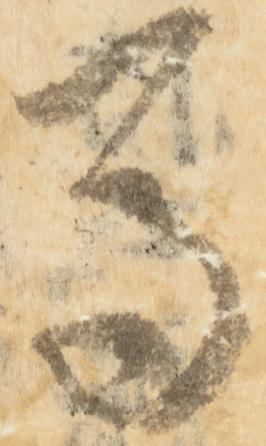
馬